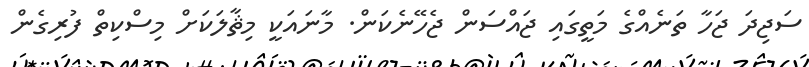
ސަޖިދަ ޖަހާ ތަނެއްގެ މަތީގައި ޖައްސަން ޖެހޭނެކަން. މާނައަކީ މިޘާލަކަށް މިސްކިތް ފުރިގެން